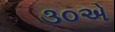
૩૦એ